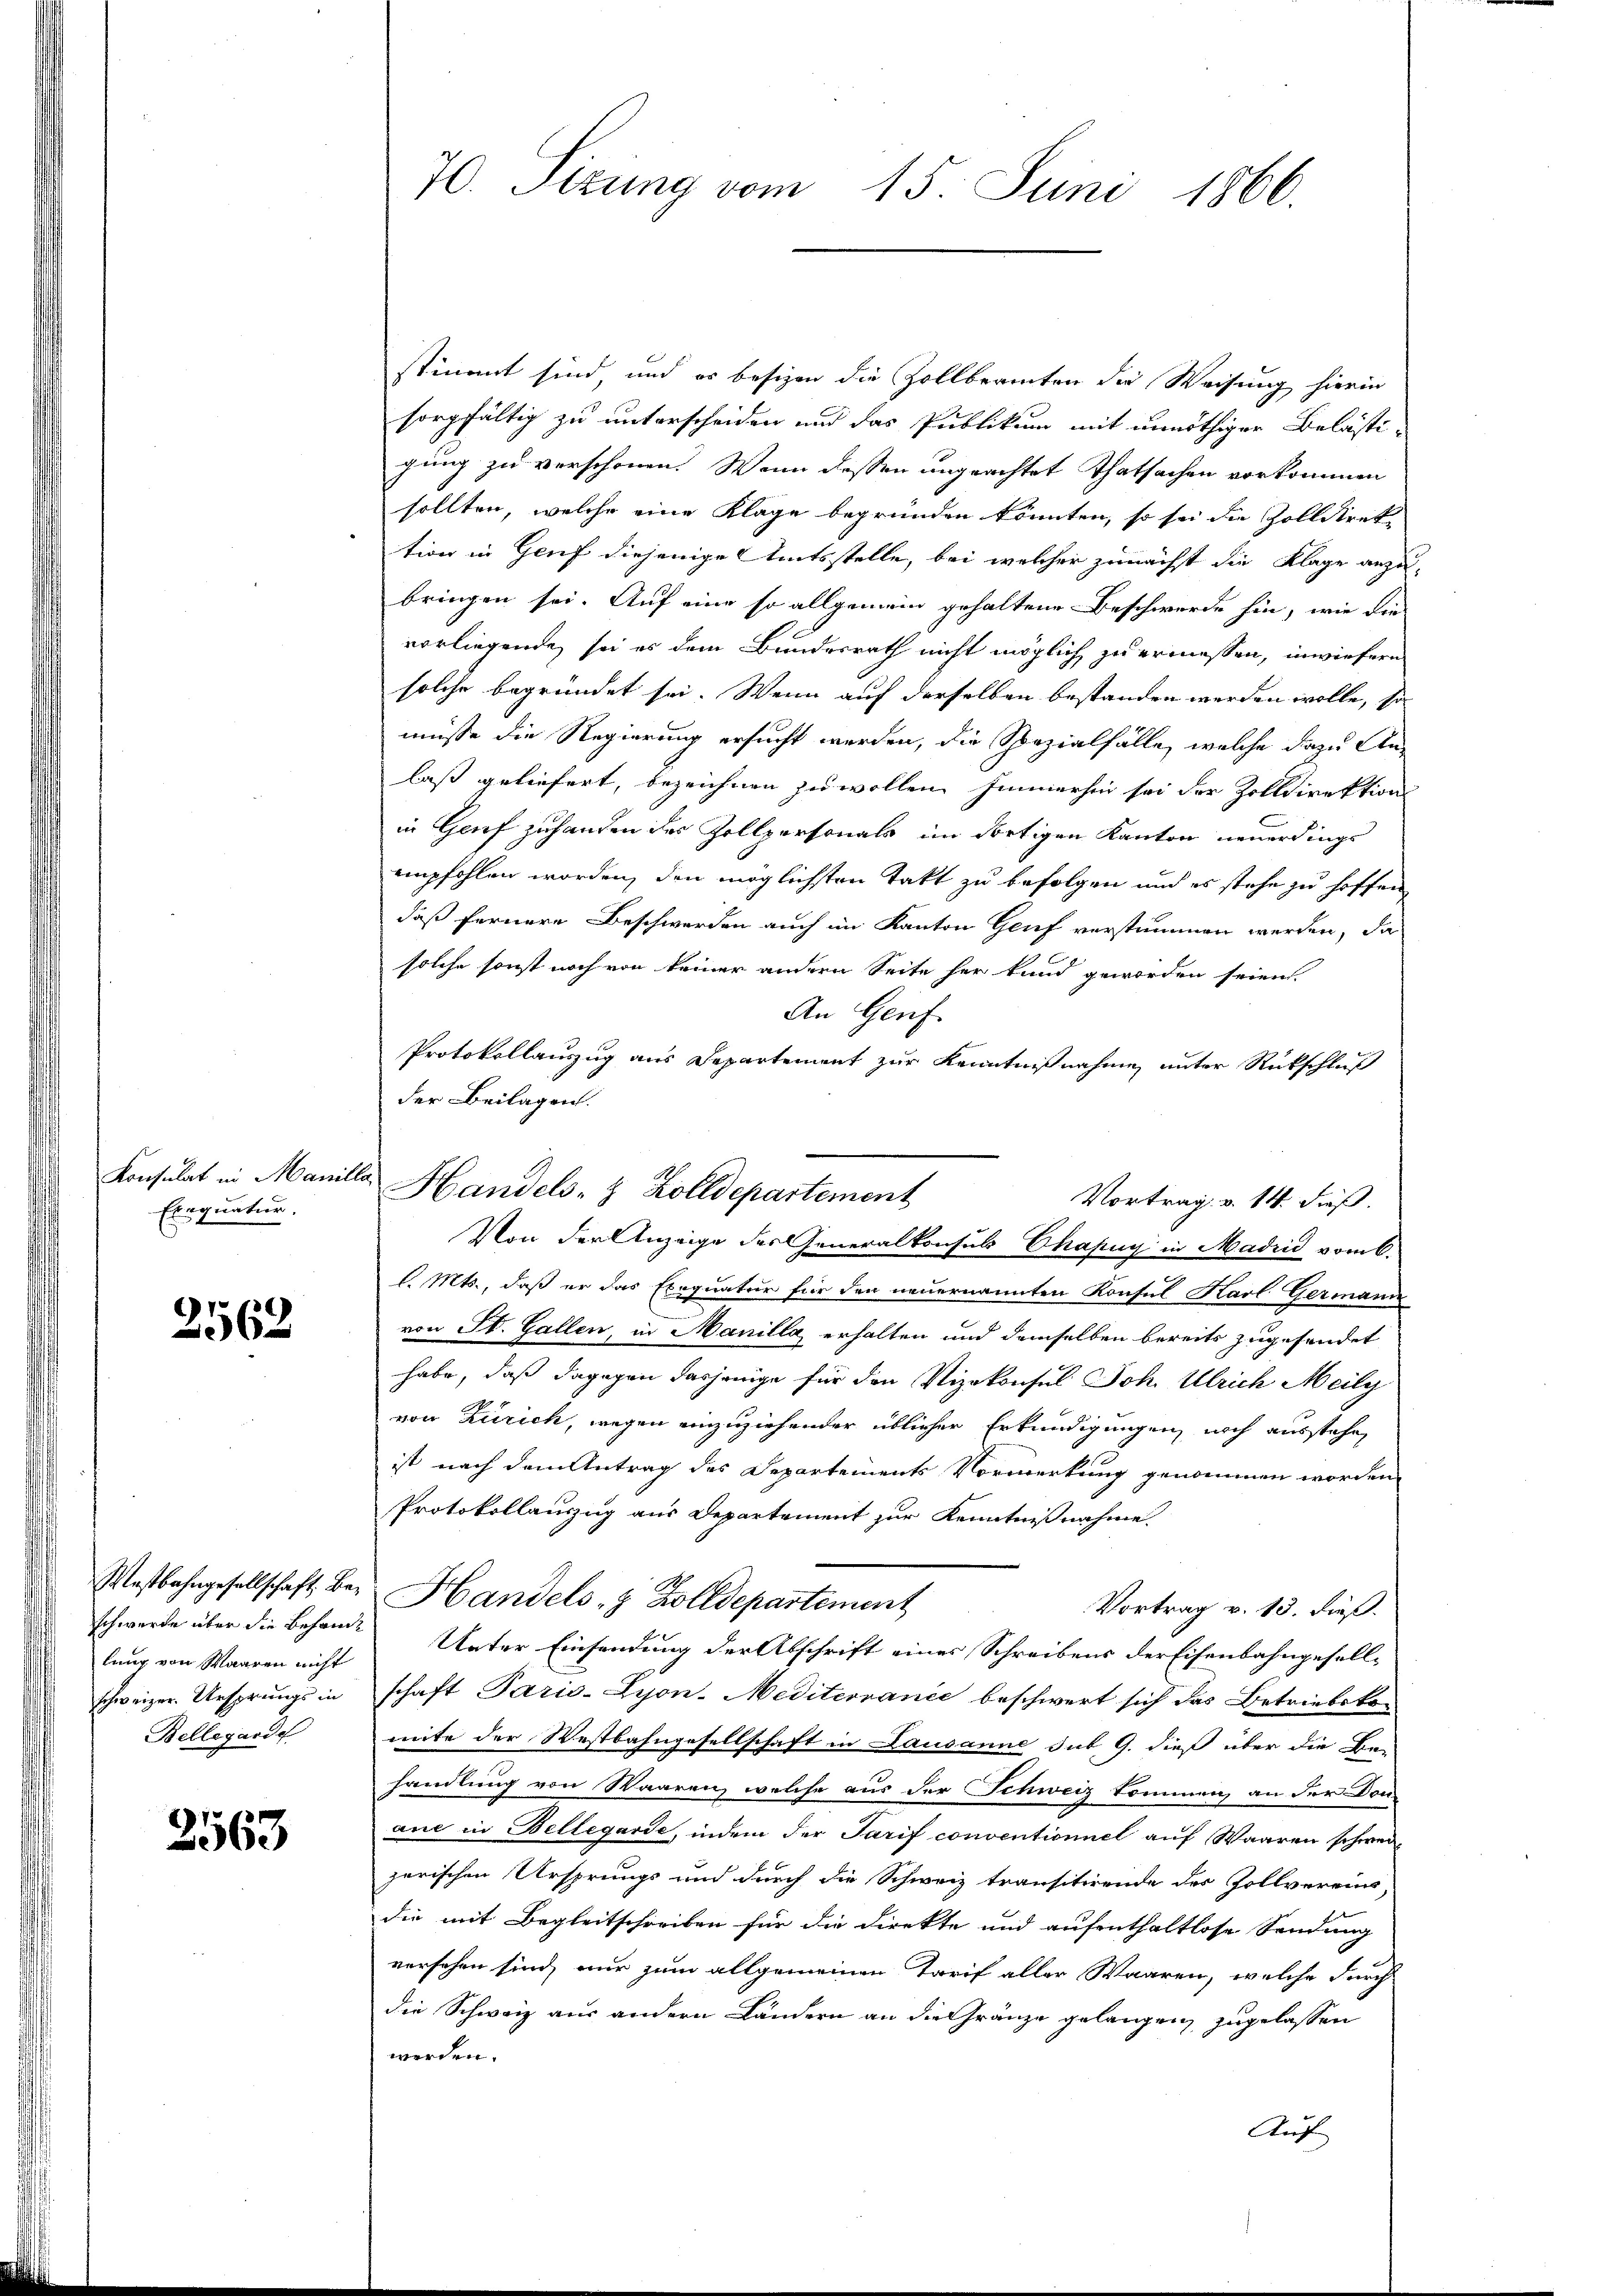
Exequatur.

2562

lung von Waaren nicht
schweizer. Ursprungs in
Bellegarde

2563

70. Sizung vom 15. Juni 1866.

stimmt sind, und er besizen die Zollbeamten die Weisung hierin
sorgfältig zu unterscheiden und das Publikum mit unnöthiger Belästi-
gung zu verschonen. Wenn dessen ungeachtet Thatsachen vorkommen
sollten, welche eine Klage begründen könnten, so sei die Zolldirek
tion in Genf diejenige Amtsstelle, bei welcher zunächst die Klage anzu-
bringen sei. Auf eine so allgemein gehaltene Beschwerde hin, wie die
vorliegende, sei es dem Bundesrath nicht möglich zu ermessen, inwiefern
solche begründet sei. Wenn auf derselben bestanden werden wolle, so
müsse die Regierung ersucht werden, die Spezialfälle, welche dazu An-
laß geliefert, bezeichnen zu wollen. Immerhin sei der Zolldirektion
in Grief zuhanden der Zollpersonals im dortigen Kanton neuerdings
empfohlen worden, den möglichsten Takt zu befolgen und es stehe zu hoffen,
daß fernere Beschwerden auch im Kanton Genf verstummen werden, da
solche sonst noch von keiner andern Seite her kund geworden seien.
An Genf.
Protokollauszug aus Departement zur Kenntnißnahme unter Rückschluß
der Beilagen.
l. Mts., daß er das Exequatur für den neuernannten Konsul Karl Germani
von St. Gallen, in Manilla erhalten und demselben bereits zugesendet
habe, daß dagegen dasjenige für den Vizekonsul Joh. Ulrich Meily
von Zürich, wegen einzuziehender üblicher Erkundigungen, noch ausstehe,
ist nach dem Antrag des Departements Vormerkung genommen worden
Protokollauszug aus Departement zur Kenntnißnahme.
Westbahngesellschaft bey Handels- & Zolldepartement
Vortrag v. 13. dieß.
schwerde über die Beham Unter Einsendung der Abschrift eines Schreibens der Eisenbahngesell-
schaft Paris-Syon-Meditervance beschwert sich das Betriebskon
mite der Westbahngesellschaft in Lausanne sub 9. dieß über die Be-
handlung von Waaren, welche aus der Schweiz kommen, an der Donane in Bellegarde, indem der Tarif conventioniel auf Waaren schweizerischen Ursprungs und durch die Schweiz transitirende der Zollvereins
die mit Begleitschreiben für die Direkte und aufenthaltlose Sendung
versehen sind, nur zum allgemeinen Tarif aller Waaren, welche durch
die Schweiz aus andern Ländern an die Gränze gelangen zugelassen
werden.
Auf

Konsulat in Manille Handels- & Zolldepartement

Vortrag v. 14. dieß.
Von der Anzeige des Generalkonsuls Chapug in Madrid vom 6.